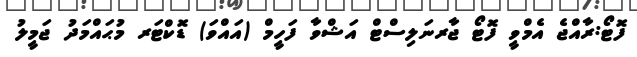
ފޮޓޯ:ރާއްޖެ އެމްވީ ފޮޓޯ ޖާރނަލިސްޓް އަޝްވާ ފަހީމް (އައްވަ) ޑޮކްޓަރ މުޙައްމަދު ޖަމީލު